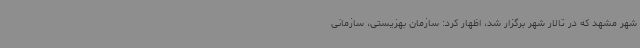
شهر مشهد که در تالار شهر برگزار شد، اظهار کرد: سازمان بهزیستی، سازمانی